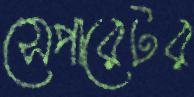
সেপারেটর